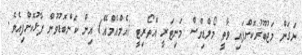
ނަގަން މަޖުބޫރުކޮށްފައި ވާތީ މޯލްޑިވްސް މަނިޓަރީ އޮތޯރިޓީ (އެމްއެމްއޭ) އިން ކަންބޮޑުވުން ފާޅުކޮށްފިއެވެ.